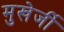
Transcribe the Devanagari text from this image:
मुखेर्जी